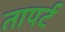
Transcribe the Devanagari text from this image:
तापर्ट